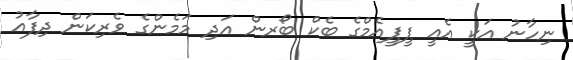
ނިހާނު އަކީ އެއީ ޕީޕީއެމްގެ ބެކް ބޯރން އަދި މަމެންގެ ވެރިކަން ދިފާއު